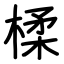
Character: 楺